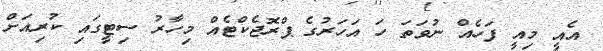
އެއީ މިއީ ފަހެއް ނުވަތަ ހަ އަހަރުގެ ޕްރޮޖެކްޓެއް މިހާރު ސިޓީގައި ކުރިއަށް